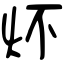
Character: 炋